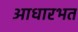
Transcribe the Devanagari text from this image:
आधारभत